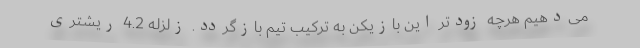
می‌دهیم هرچه زودتر این بازیکن به ترکیب تیم بازگردد. زلزله 4.2 ریشتری